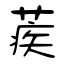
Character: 蒺